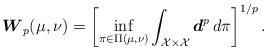
LaTeX: \begin{align*}\boldsymbol{W}_{ p}(\mu, \nu) &= \left[ \inf_{\pi \in \Pi(\mu, \nu)} \int_{\mathcal{X} \times \mathcal{X} } \boldsymbol{d}^p \, d \pi \right]^{1/p}.\end{align*}